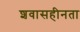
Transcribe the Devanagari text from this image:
शवासहीनता